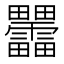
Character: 𰣞